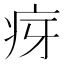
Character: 疨